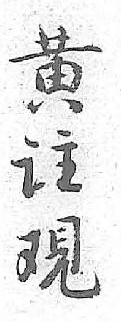
黄註观